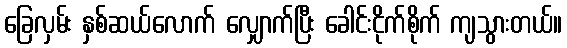
ခြေလှမ်း နှစ်ဆယ်လောက် လျှောက်ပြီး ခေါင်းငိုက်စိုက် ကျသွားတယ်။